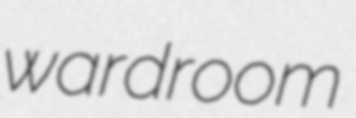
wardroom